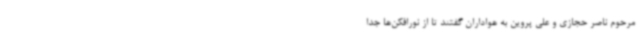
مرحوم ناصر حجازی و علی پروین به هواداران گفتند تا از نورافکن‌ها جدا